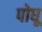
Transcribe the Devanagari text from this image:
पोधू